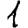
Digit: 1